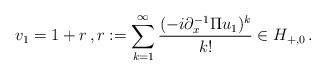
LaTeX: \begin{align*}v_1 =1+ r\, , r:= \sum_{k=1}^\infty \frac{(-i \partial_x^{-1}\Pi u_1)^k}{k!} \in H_{+,0} \, .\end{align*}